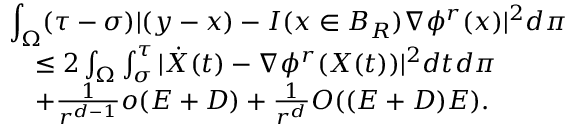
\begin{array} { r l } { \lefteqn { \int _ { \Omega } ( \tau - \sigma ) | ( y - x ) - I ( x \in B _ { R } ) \nabla \phi ^ { r } ( x ) | ^ { 2 } d \pi } } \\ & { \le 2 \int _ { \Omega } \int _ { \sigma } ^ { \tau } | \dot { X } ( t ) - \nabla \phi ^ { r } ( X ( t ) ) | ^ { 2 } d t d \pi } \\ & { + \frac { 1 } { r ^ { d - 1 } } o ( E + D ) + \frac { 1 } { r ^ { d } } O ( ( E + D ) E ) . } \end{array}